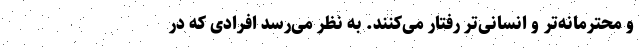
و محترمانه‌تر و انسانی‌تر رفتار می‌کنند. به نظر می‌رسد افرادی که در